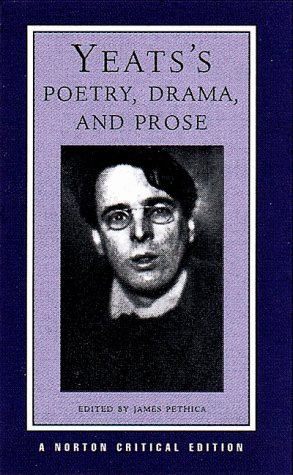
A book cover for Yeats's Poetry, Drama, and Prose (Norton Critical Editions); William Butler Yeats; Literature & Fiction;